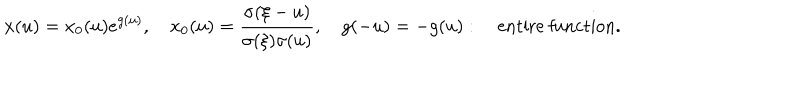
x ( u ) = x _ { 0 } ( u ) e ^ { g ( u ) } , \quad x _ { 0 } ( u ) = { \frac { \sigma ( \xi - u ) } { \sigma ( \xi ) \sigma ( u ) } } , \quad g ( - u ) = - g ( u ) : \quad \mathrm { e n t i r e ~ f u n c t i o n } .